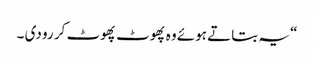
“ یہ بتاتے ہوئے وہ پھوٹ پھوٹ کر رو دی ۔